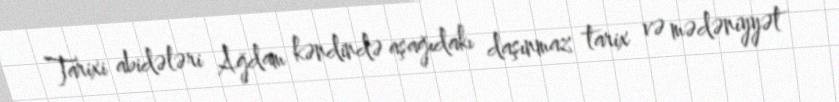
Tarixi abidələri Ağdam kəndində aşağıdakı daşınmaz tarix və mədəniyyət